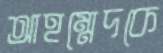
আহম্মেদকে